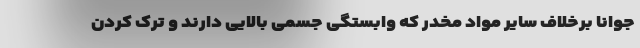
جوانا برخلاف سایر مواد مخدر که وابستگی جسمی بالایی دارند و ترک کردن